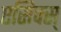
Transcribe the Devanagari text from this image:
एसिक्स्